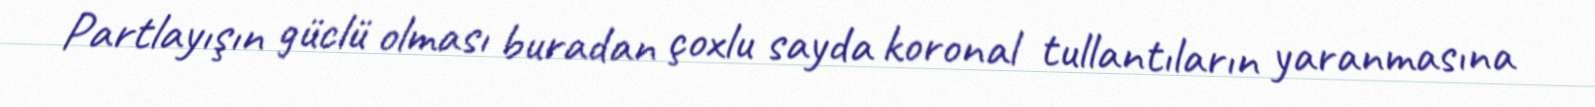
Partlayışın güclü olması buradan çoxlu sayda koronal tullantıların yaranmasına